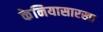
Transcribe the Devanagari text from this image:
केनियासारखा